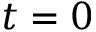
t = 0